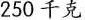
250千克